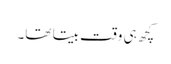
کچھ ہی وقت بیتا تھا۔